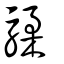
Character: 騥